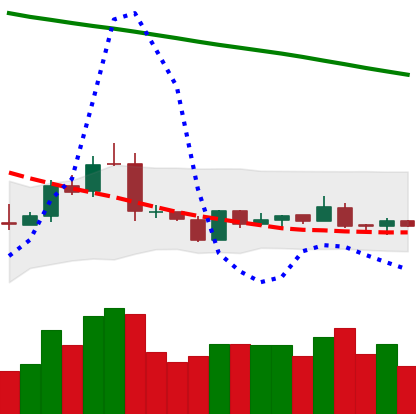
Ticker: NEO-USD
Chart end date: 2019-01-23
Forward return: -7.824%
Label: down_7plus